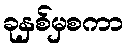
ခုနှစ်မှစကာ